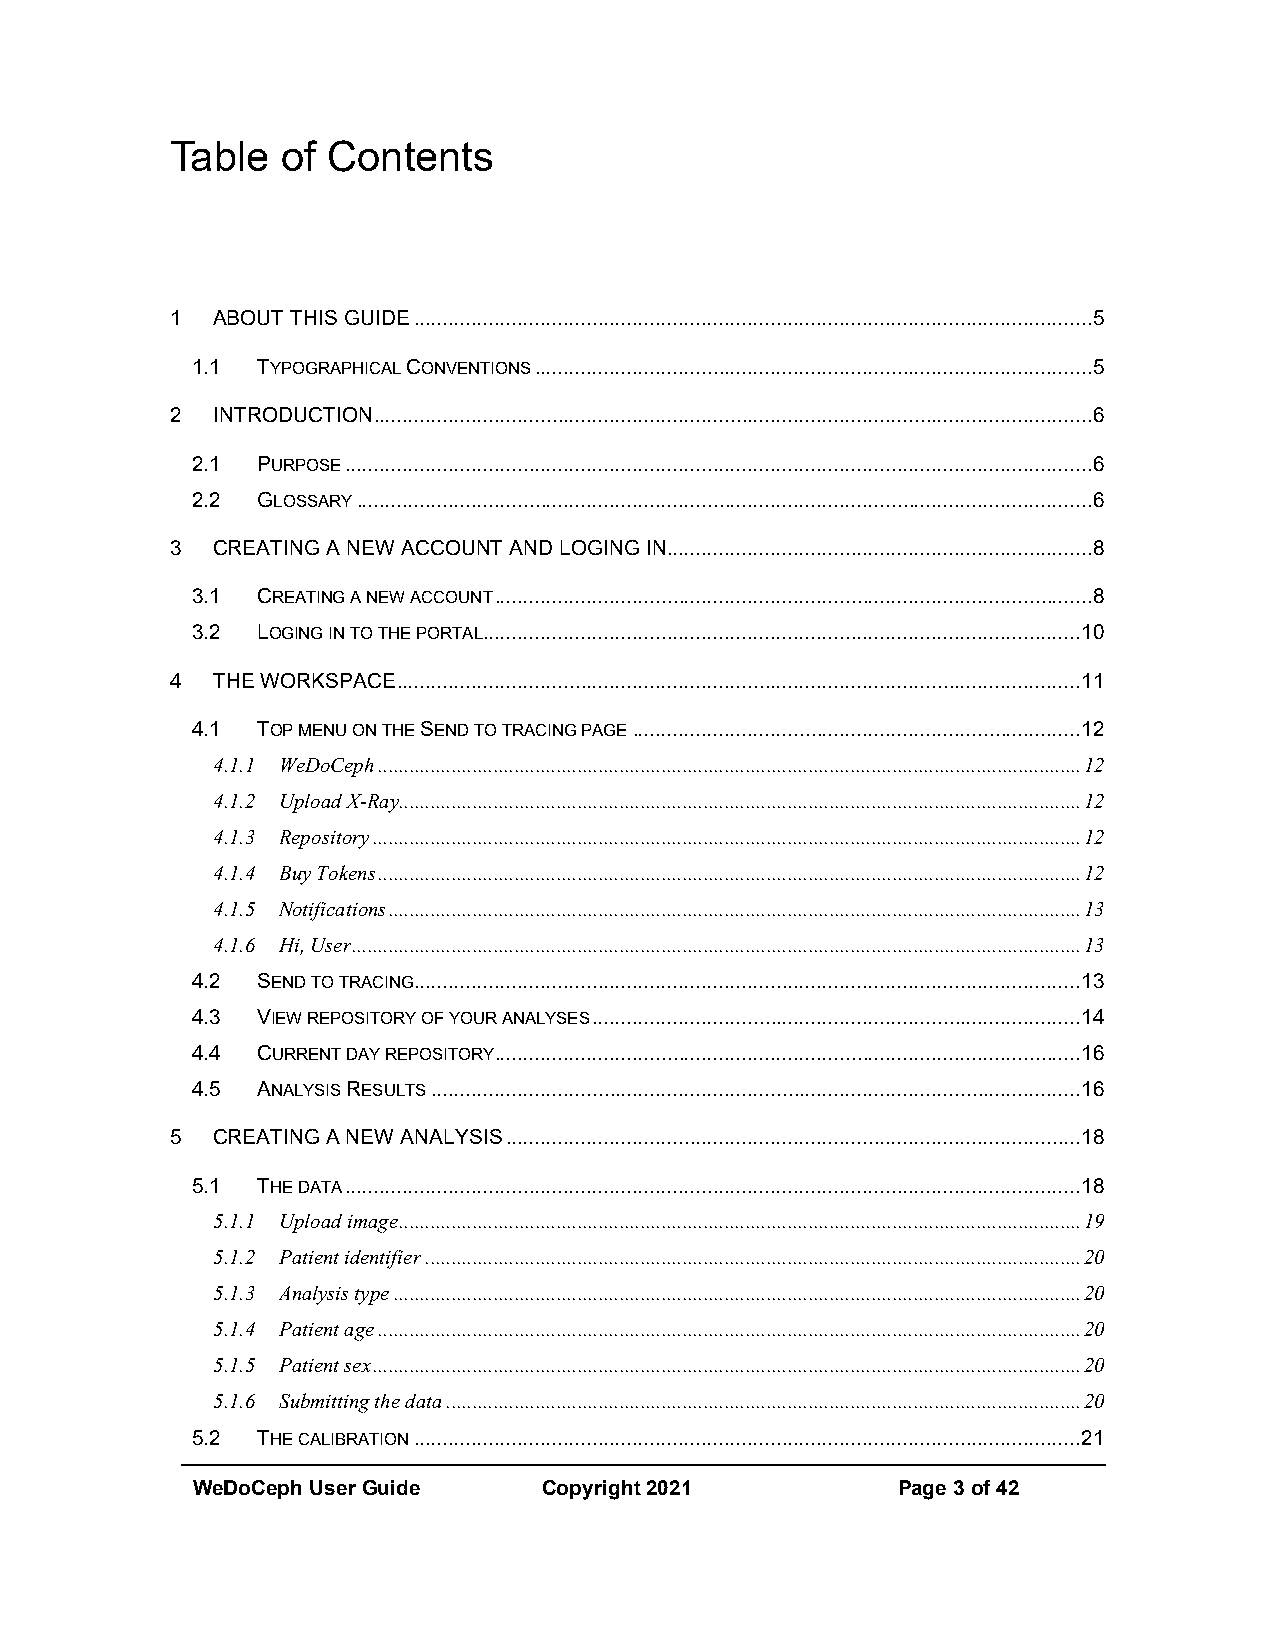
Table   of Contents
 1  ABOUT THIS GUIDE ...................................................................................................................... 5
 1.1 TYPOGRAPHICAL CONVENTIONS ................................................................................................. 5
 2  INTRODUCTION ............................................................................................................................. 6
 2.1 PURPOSE .................................................................................................................................. 6
 2.2 GLOSSARY ................................................................................................................................ 6
 3  CREATING A NEW ACCOUNT AND LOGING IN.......................................................................... 8
 3.1 CREATING A NEW ACCOUNT ........................................................................................................ 8
 3.2 LOGING IN TO THE PORTAL ........................................................................................................ 10
 4  THE WORKSPACE ....................................................................................................................... 11
 4.1 TOP MENU ON THE SEND TO TRACING PAGE .............................................................................. 12
 4.1.1 WeDoCeph ...................................................................................................................................... 12
 4.1.2 Upload X-Ray .................................................................................................................................. 12
 4.1.3 Repository ....................................................................................................................................... 12
 4.1.4 Buy Tokens ...................................................................................................................................... 12
 4.1.5 Notifications .................................................................................................................................... 13
 4.1.6 Hi, User ........................................................................................................................................... 13
 4.2 SEND TO TRACING .................................................................................................................... 13
 4.3 VIEW REPOSITORY OF YOUR ANALYSES ..................................................................................... 14
 4.4 CURRENT DAY REPOSITORY ...................................................................................................... 16
 4.5 ANALYSIS RESULTS ................................................................................................................. 16
 5  CREATING A NEW ANALYSIS .................................................................................................... 18
 5.1 THE DATA ................................................................................................................................ 18
 5.1.1 Upload image .................................................................................................................................. 19
 5.1.2 Patient identifier ............................................................................................................................. 20
 5.1.3 Analysis type ................................................................................................................................... 20
 5.1.4 Patient age ...................................................................................................................................... 20
 5.1.5 Patient sex ....................................................................................................................................... 20
 5.1.6 Submitting the data ......................................................................................................................... 20
 5.2 THE CALIBRATION .................................................................................................................... 21
 WeDoCeph User Guide    Copyright 2021         Page 3 of 42